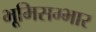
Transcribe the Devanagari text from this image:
भूमिसम्भार